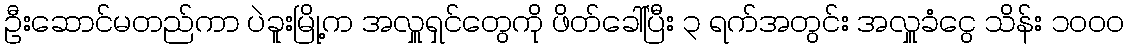
ဦးဆောင်မတည်ကာ ပဲခူးမြို့က အလှူရှင်တွေကို ဖိတ်ခေါ်ပြီး ၃ ရက်အတွင်း အလှူခံငွေ သိန်း ၁၀၀၀